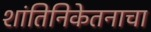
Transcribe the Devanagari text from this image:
शांतिनिकेतनाचा